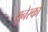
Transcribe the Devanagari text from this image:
युनेस्‍को